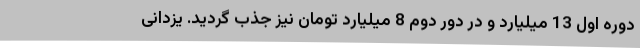
دوره اول 13 میلیارد و در دور دوم 8 میلیارد تومان نیز جذب گردید. یزدانی